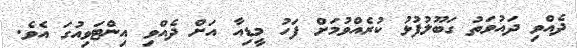
ދެއްވި ދައުވަތު ގަބޫލުފުޅު ކުރެއްވުމަށް ފަހު މީޑިއާ އަށް ދެއްވި އިންޓަވިއުގަ އެވެ.